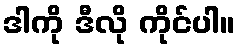
ဒါကို ဒီလို ကိုင်ပါ။